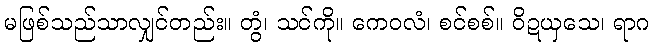
မဖြစ်သည်သာလျှင်တည်း။ တွံ၊ သင်ကို။ ကေဝလံ၊ စင်စစ်။ ဝိဍယှသေ၊ ရာဂ